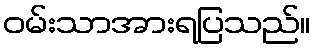
ဝမ်းသာအားရပြသည်။